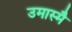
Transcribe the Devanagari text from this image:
उमास्मै